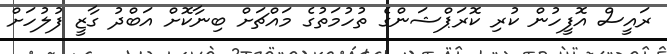
ރައީސް އޮފީހުން ކުރި ކޮރަޕްޝަންގެ ތުހުމަތުގެ މައްޗަށް ބިނާކޮށް އަބްދު ގާޒީ ފުލުހަށް